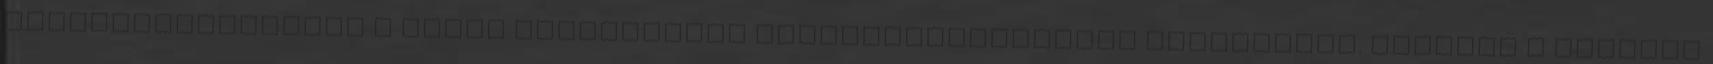
mikroorganizmusok a tajaj regeneratív mikroorganizmusait támogatják. Segítik a szerves